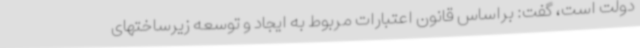
دولت است، گفت: براساس قانون اعتبارات مربوط به ایجاد و توسعه زیرساختهای